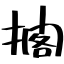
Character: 擱